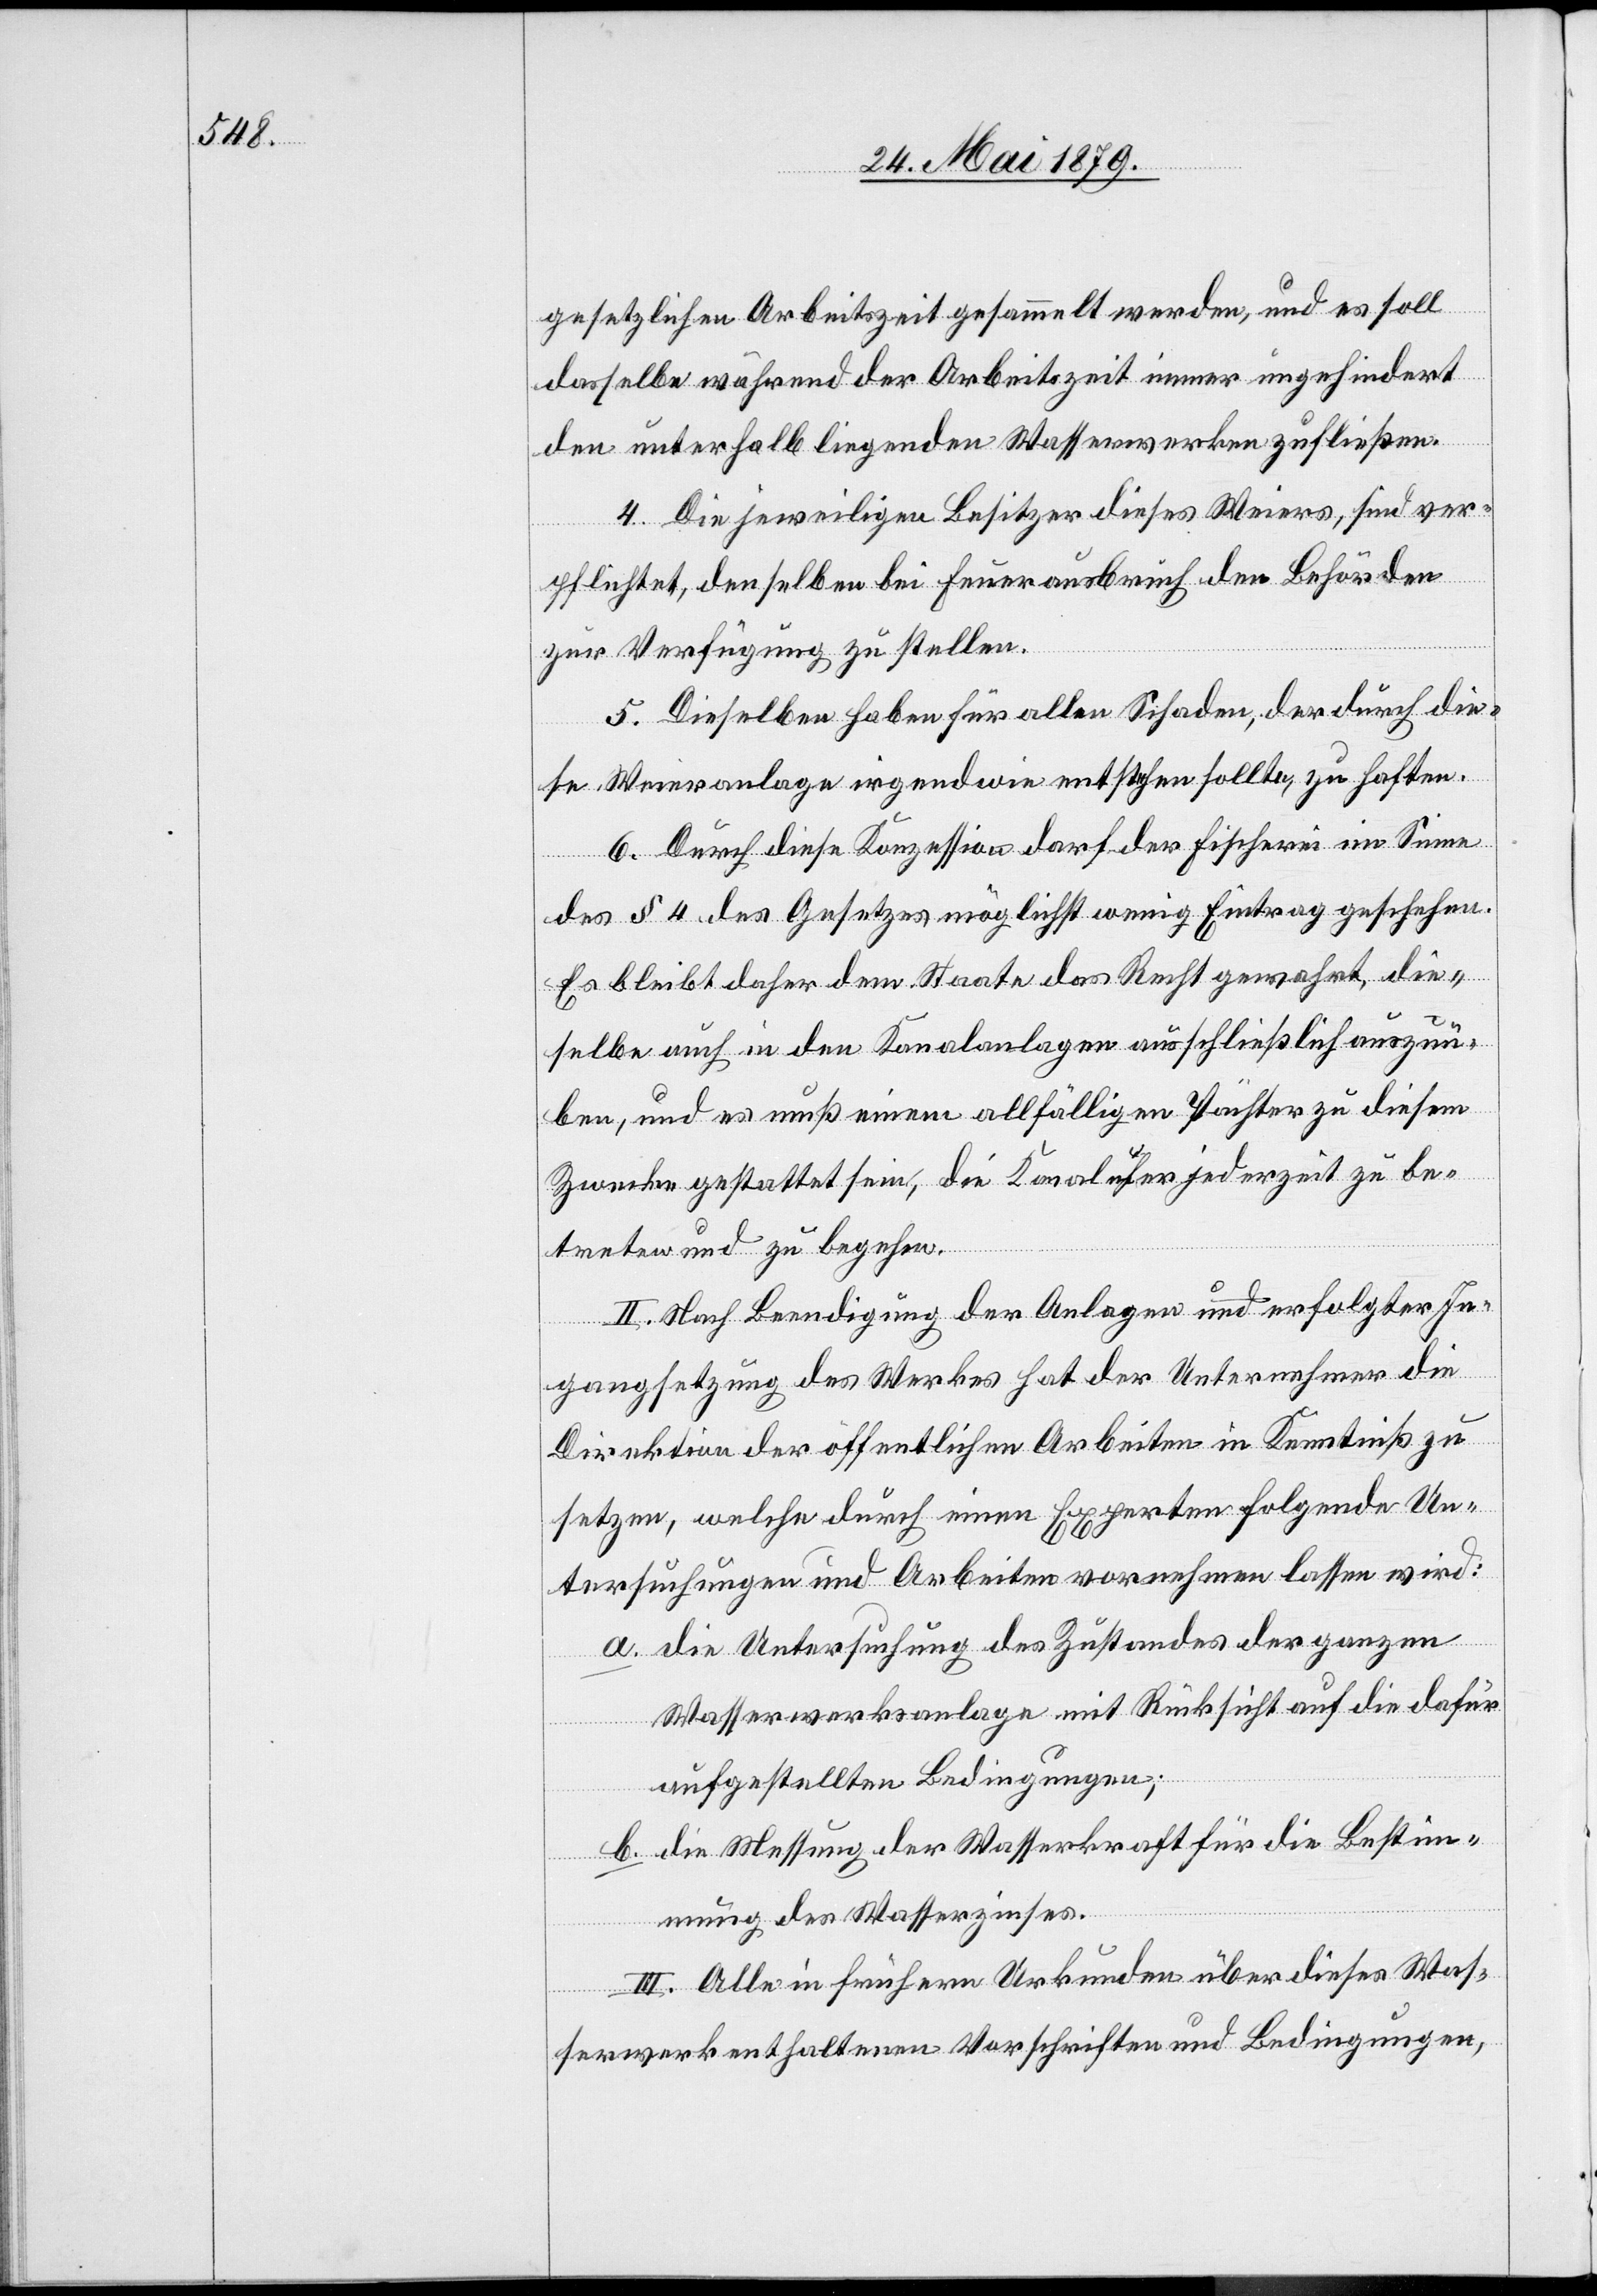
gesetzlichen Arbeitszeit gesammelt werden, und es soll
dasselbe während der Arbeitszeit immer ungehindert
den unterhalb liegenden Wasserwerken zufließen.
4. Die jeweiligen Besitzer dieses Weiers, sind ver¬
pflichtet, denselben bei Feuerausbruch den Behörden
zur Verfügung zu stellen.
5. Dieselben haben für allen Schaden, der durch die¬
se Weieranlage irgendwie entstehen sollte, zu haften.
6. Durch diese Konzession darf der Fischerei im Sinne
des § 4 des Gesetzes möglichst wenig Eintrag geschehen.
Es bleibt daher dem Staate das Recht gewahrt, die¬
selbe auch in den Kanalanlagen ausschließlich auszuü¬
ben, und es muß einem allfälligen Pächter zu diesem
Zwecke gestattet sein, die Kanalufer jederzeit zu be¬
treten und zu begehen.
II. Nach Beendigung der Anlagen und erfolgter In¬
gangsetzung des Werkes hat der Unternehmer die
Direktion der öffentlichen Arbeiten in Kenntniß zu
setzen, welche durch einen Experten folgende Un¬
tersuchungen und Arbeiten vornehmen lassen wird:
a. die Untersuchung des Zustandes der ganzen
Wasserwerksanlage mit Rücksicht auf die dafür
aufgestellten Bedingungen;
b. die Messung der Wasserkraft für die Bestim¬
mung des Wasserzinses.
III. Alle in frühern Urkunden über dieses Was¬
serwerk enthaltenen Vorschriften und Bedingungen,